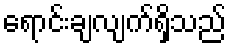
ရောင်းချလျက်ရှိသည်